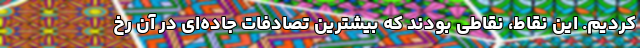
کردیم. این نقاط، نقاطی بودند که بیشترین تصادفات جاده‌ای در آن رخ